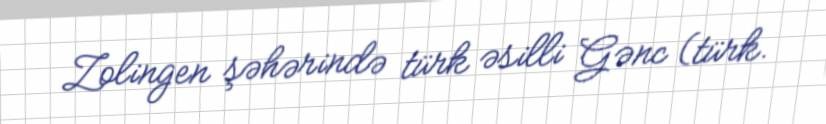
Zolingen şəhərində türk əsilli Gənc (türk.